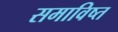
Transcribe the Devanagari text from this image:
समाविष्त